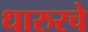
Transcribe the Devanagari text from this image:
धारुरचे